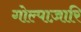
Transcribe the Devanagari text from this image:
गोल्पाज़ारि